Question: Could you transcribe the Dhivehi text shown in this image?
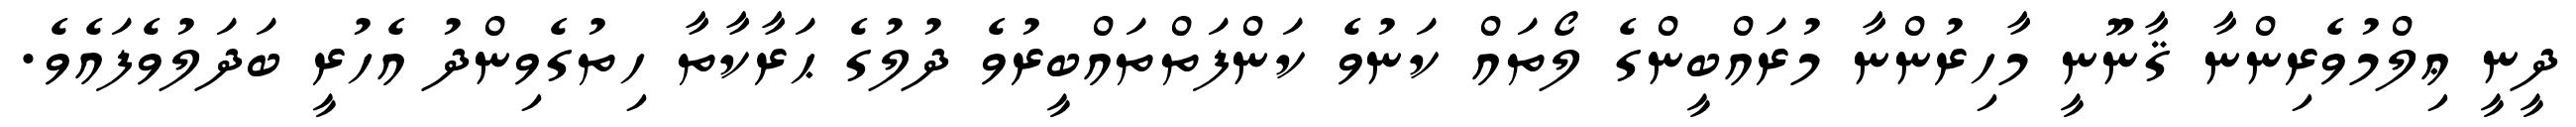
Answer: ދީނީ ޢިލްމުވެރިންނާ ޤާނޫނީ މާހިރުންނާ މުރައްބީންގެ ލޯތައް ކަނުވެ ކަންފަތްތައްބީރުވެ ދުލުގެ ޙަރާކާތާ ހިތުގެވިންދު އެހުރީ ބަދަލުވެފައެވެ.